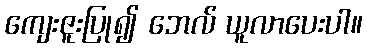
ကျေးဇူးပြု၍ ဘေလ် ယူလာပေးပါ။